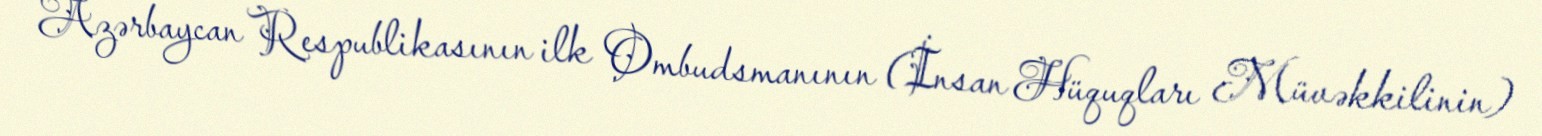
Azərbaycan Respublikasının ilk Ombudsmanının (İnsan Hüquqları Müvəkkilinin)